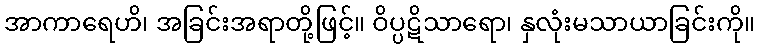
အာကာရေဟိ၊ အခြင်းအရာတို့ဖြင့်။ ဝိပ္ပဋိသာရော၊ နှလုံးမသာယာခြင်းကို။